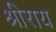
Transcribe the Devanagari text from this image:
श्रीराय